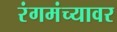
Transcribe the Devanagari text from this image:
रंगमंच्यावर